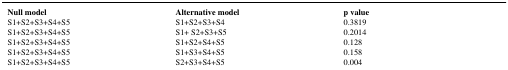
<table><thead><tr><td><b>Null model</b></td><td><b>Alternative model</b></td><td><b>p value</b></td></tr></thead><tbody><tr><td>S1+S2+S3+S4+S5</td><td>S1+S2+S3+S4</td><td>0.3819</td></tr><tr><td>S1+S2+S3+S4+S5</td><td>S1+ S2+S3+S5</td><td>0.2014</td></tr><tr><td>S1+S2+S3+S4+S5</td><td>S1+S2+S4+S5</td><td>0.128</td></tr><tr><td>S1+S2+S3+S4+S5</td><td>S1+S3+S4+S5</td><td>0.158</td></tr><tr><td>S1+S2+S3+S4+S5</td><td>S2+S3+S4+S5</td><td>0.004</td></tr></tbody></table>